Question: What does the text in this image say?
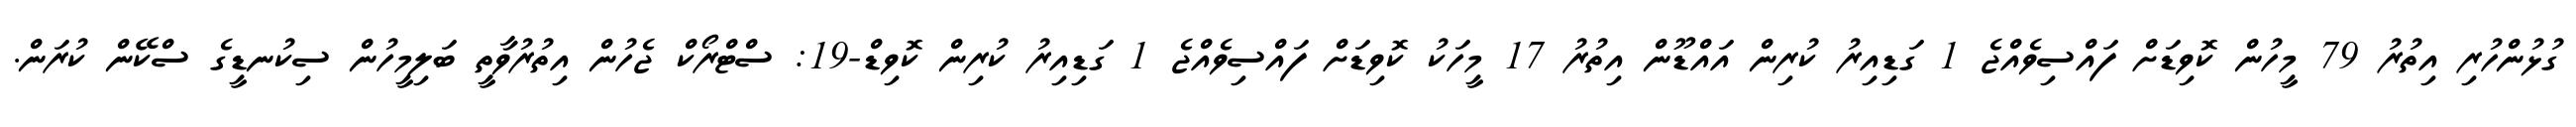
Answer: ގުޅުންހުރި އިތުރު 79 މީހުން ކޮވިޑަށް ފައްސިވެއްޖެ 1 ގަޑިއިރު ކުރިން އައްޑޫން އިތުރު 17 މީހަކު ކޮވިޑަށް ފައްސިވެއްޖެ 1 ގަޑިއިރު ކުރިން ކޮވިޑް-19: ސްޓްރޯކް ޖެހުން އިތުރުވާތީ ބަލިމީހުން ސިކުނޑީގެ ސްކޭން ކުރަން.